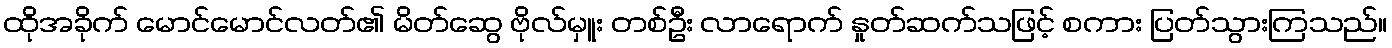
ထိုအခိုက် မောင်မောင်လတ်၏ မိတ်ဆွေ ဗိုလ်မှူး တစ်ဦး လာရောက် နှုတ်ဆက်သဖြင့် စကား ပြတ်သွားကြသည်။